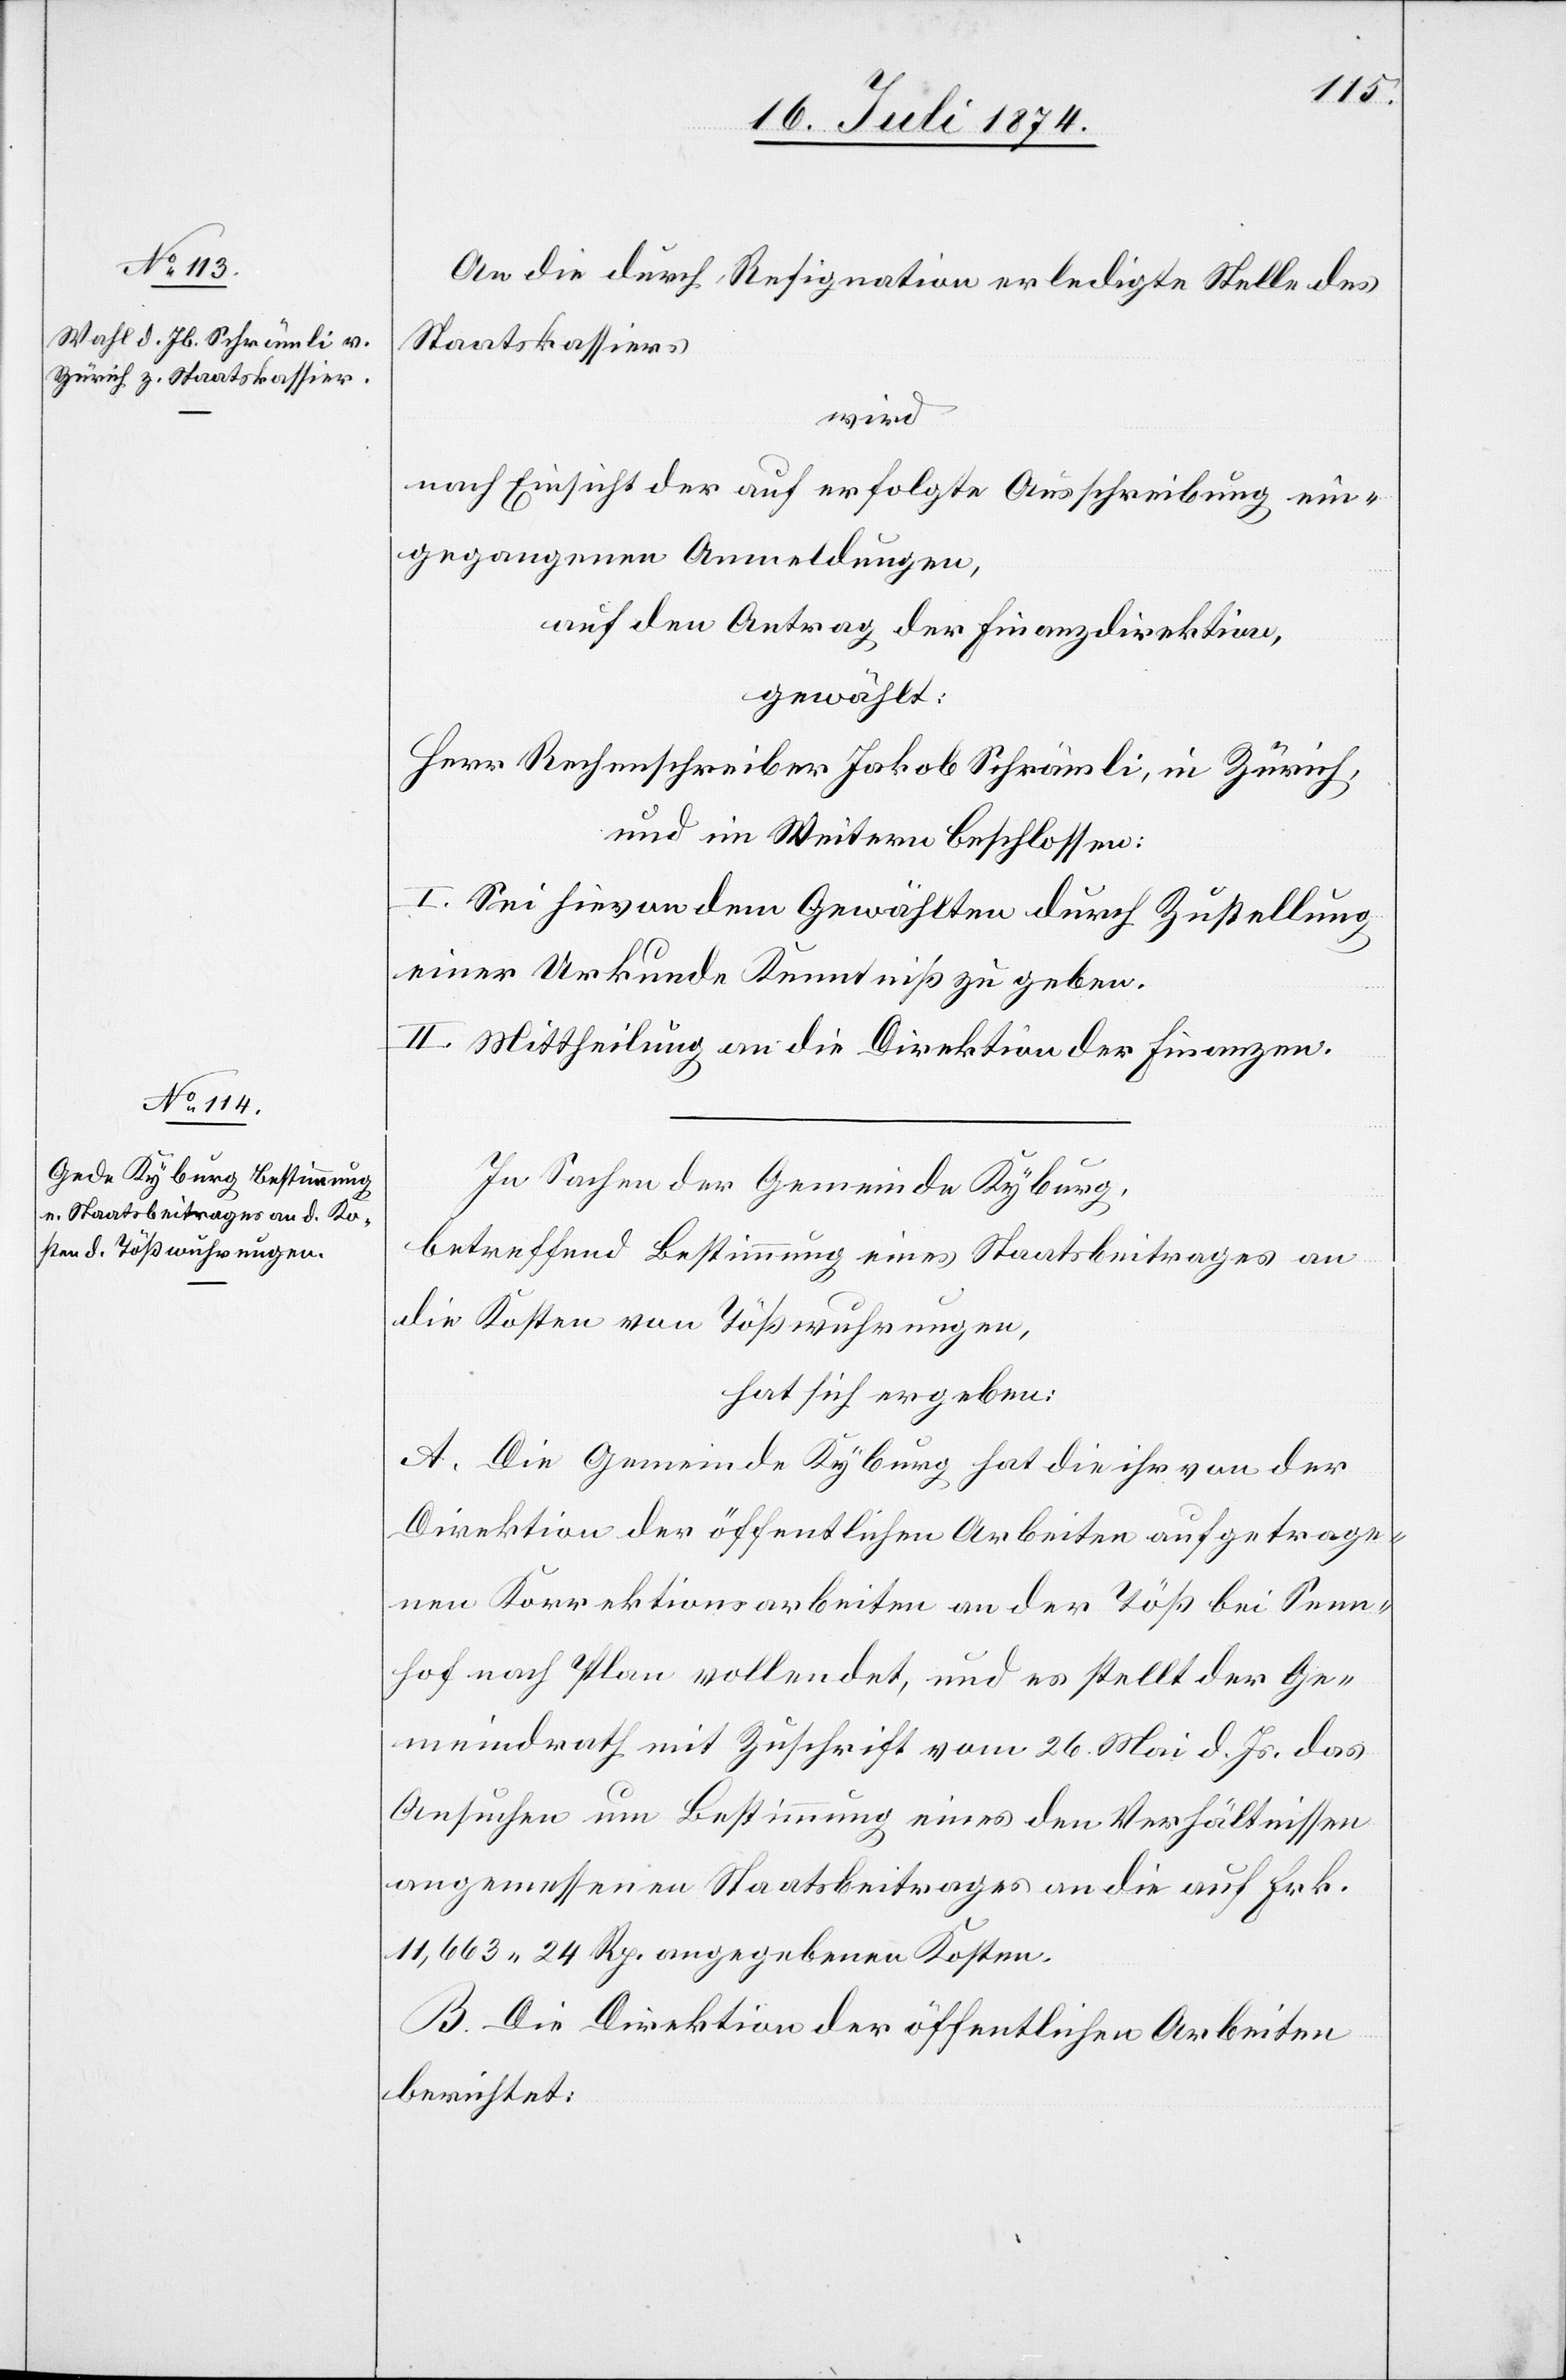
An die durch Resignation erledigte Stelle des
Staatskassiers
wird
nach Einsicht der auf erfolgte Ausschreibung ein¬
gegangenen Anmeldungen,
auf den Antrag der Finanzdirektion,
gewählt:
Herr Rechenschreiber Jakob Schrämli, in Zürich,
und im Weitern beschlossen:
I. Sei hievon dem Gewählten durch Zustellung
einer Urkunde Kenntniß zu geben.
II. Mittheilung an die Direktion der Finanzen.